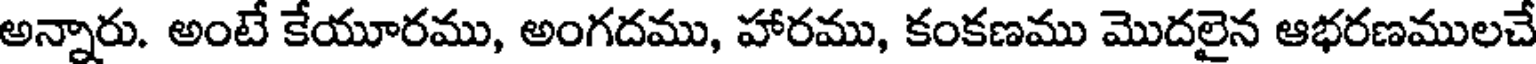
అన్నారు. అంటే కేయూరము, అంగదము, హారము, కంకణము మొదలైన ఆభరణములచే